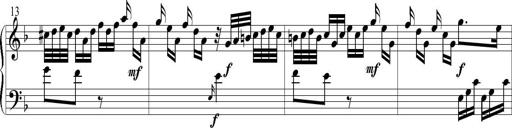
Title: 6 Leichte Sonatinen, Teil 1
Composer: F. Sigismund Sander